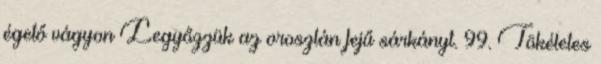
égető vágyon Legyőzzük az oroszlán fejű sárkányt. 99. Tökéletes